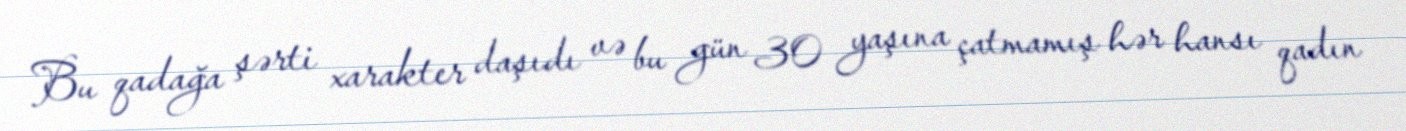
Bu qadağa şərti xarakter daşıdı və bu gün 30 yaşına çatmamış hər hansı qadın